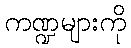
ကဏ္ဍများကို